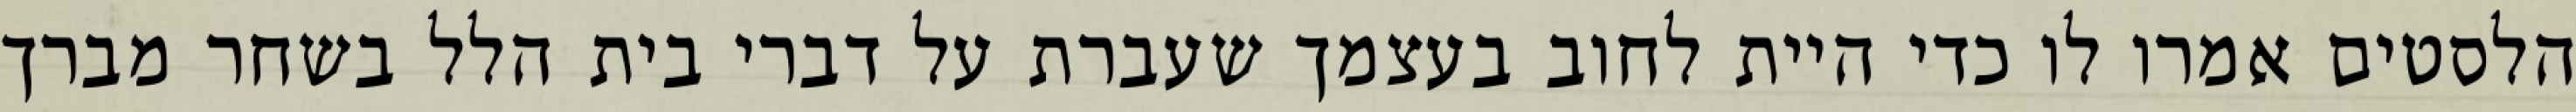
הלסטים אמרו לו כדי היית לחוב בעצמך שעברת על דברי בית הלל בשחר מברך